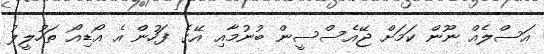
އަސްލެއް ނޫން ކަމަށް ޖޭއެސްސީން ބުނުމާއި އޭގެ ފަހުން އެ އޯޑިއޯ ތަހުލީލު